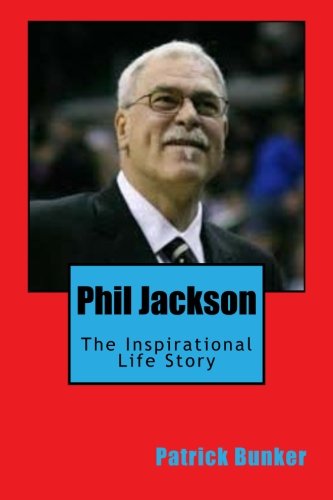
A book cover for Phil Jackson: The Inspirational Life Story of Phil Jackson; A look into the Spiritual Journey of the Zen Master Who Will be Remembered as one of the Greatest Basketball Coaches to Ever Live; Patrick Bunker; Sports & Outdoors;